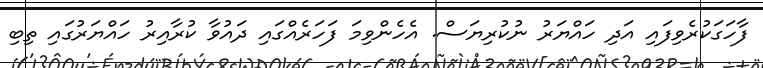
ފާހަގަކުރެވިފައި އަދި ހައްޔަރު ނުކުރިޔަސް. އެހެންވިމަ ފަހަރެއްގައި ދައުވާ ކުރާއިރު ހައްޔަރުގައި ތިބި